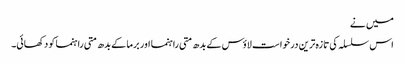
میں نے
اس سلسلہ کی تازہ ترین درخواست لاؤس کے بدھ متی راہنما اور برما کے بدھ متی راہنما کو دکھائی۔